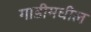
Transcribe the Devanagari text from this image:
गाडीमधील